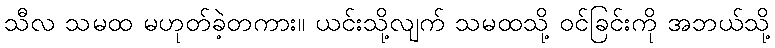
သီလ သမထ မဟုတ်ခဲ့တကား။ ယင်းသို့လျက် သမထသို့ ဝင်ခြင်းကို အဘယ်သို့